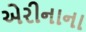
એરીનાના